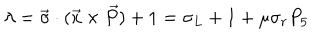
\lambda = \vec { \sigma } \cdot ( \vec { x } \times \vec { P } ) + 1 = \sigma _ { L } + 1 + \mu \sigma _ { r } P _ { 5 }